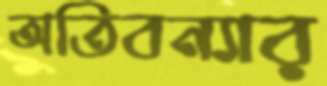
অতিবন্যার